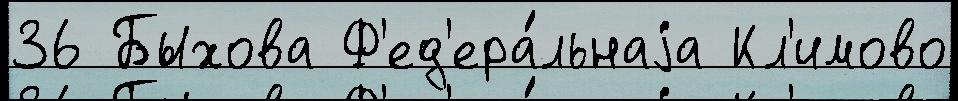
36 Быхова Ф'ед'ера́льнаjа Кл'имово